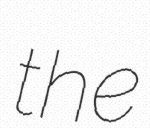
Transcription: the